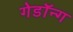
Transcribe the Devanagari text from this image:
गेडॉन्ग